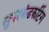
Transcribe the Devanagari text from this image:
सुपरकंडकटिंग